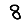
Digit: 8